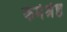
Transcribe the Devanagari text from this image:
कर्मश्रेष्ठ